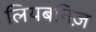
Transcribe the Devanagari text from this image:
लियबनिज़